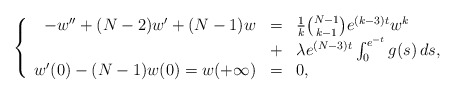
\begin{align*}\left\{ \begin{array}{rcl}-w'' + (N-2)w' + (N-1)w &=& \frac{1}{k} \binom{N-1}{k-1} e^{(k-3)t} w^k \\&+& \lambda e^{(N-3)t} \int_0^{e^{-t}} g(s) \, ds, \\w'(0) - (N-1) w(0) = w(+\infty) &=& 0,\end{array}\right.\end{align*}